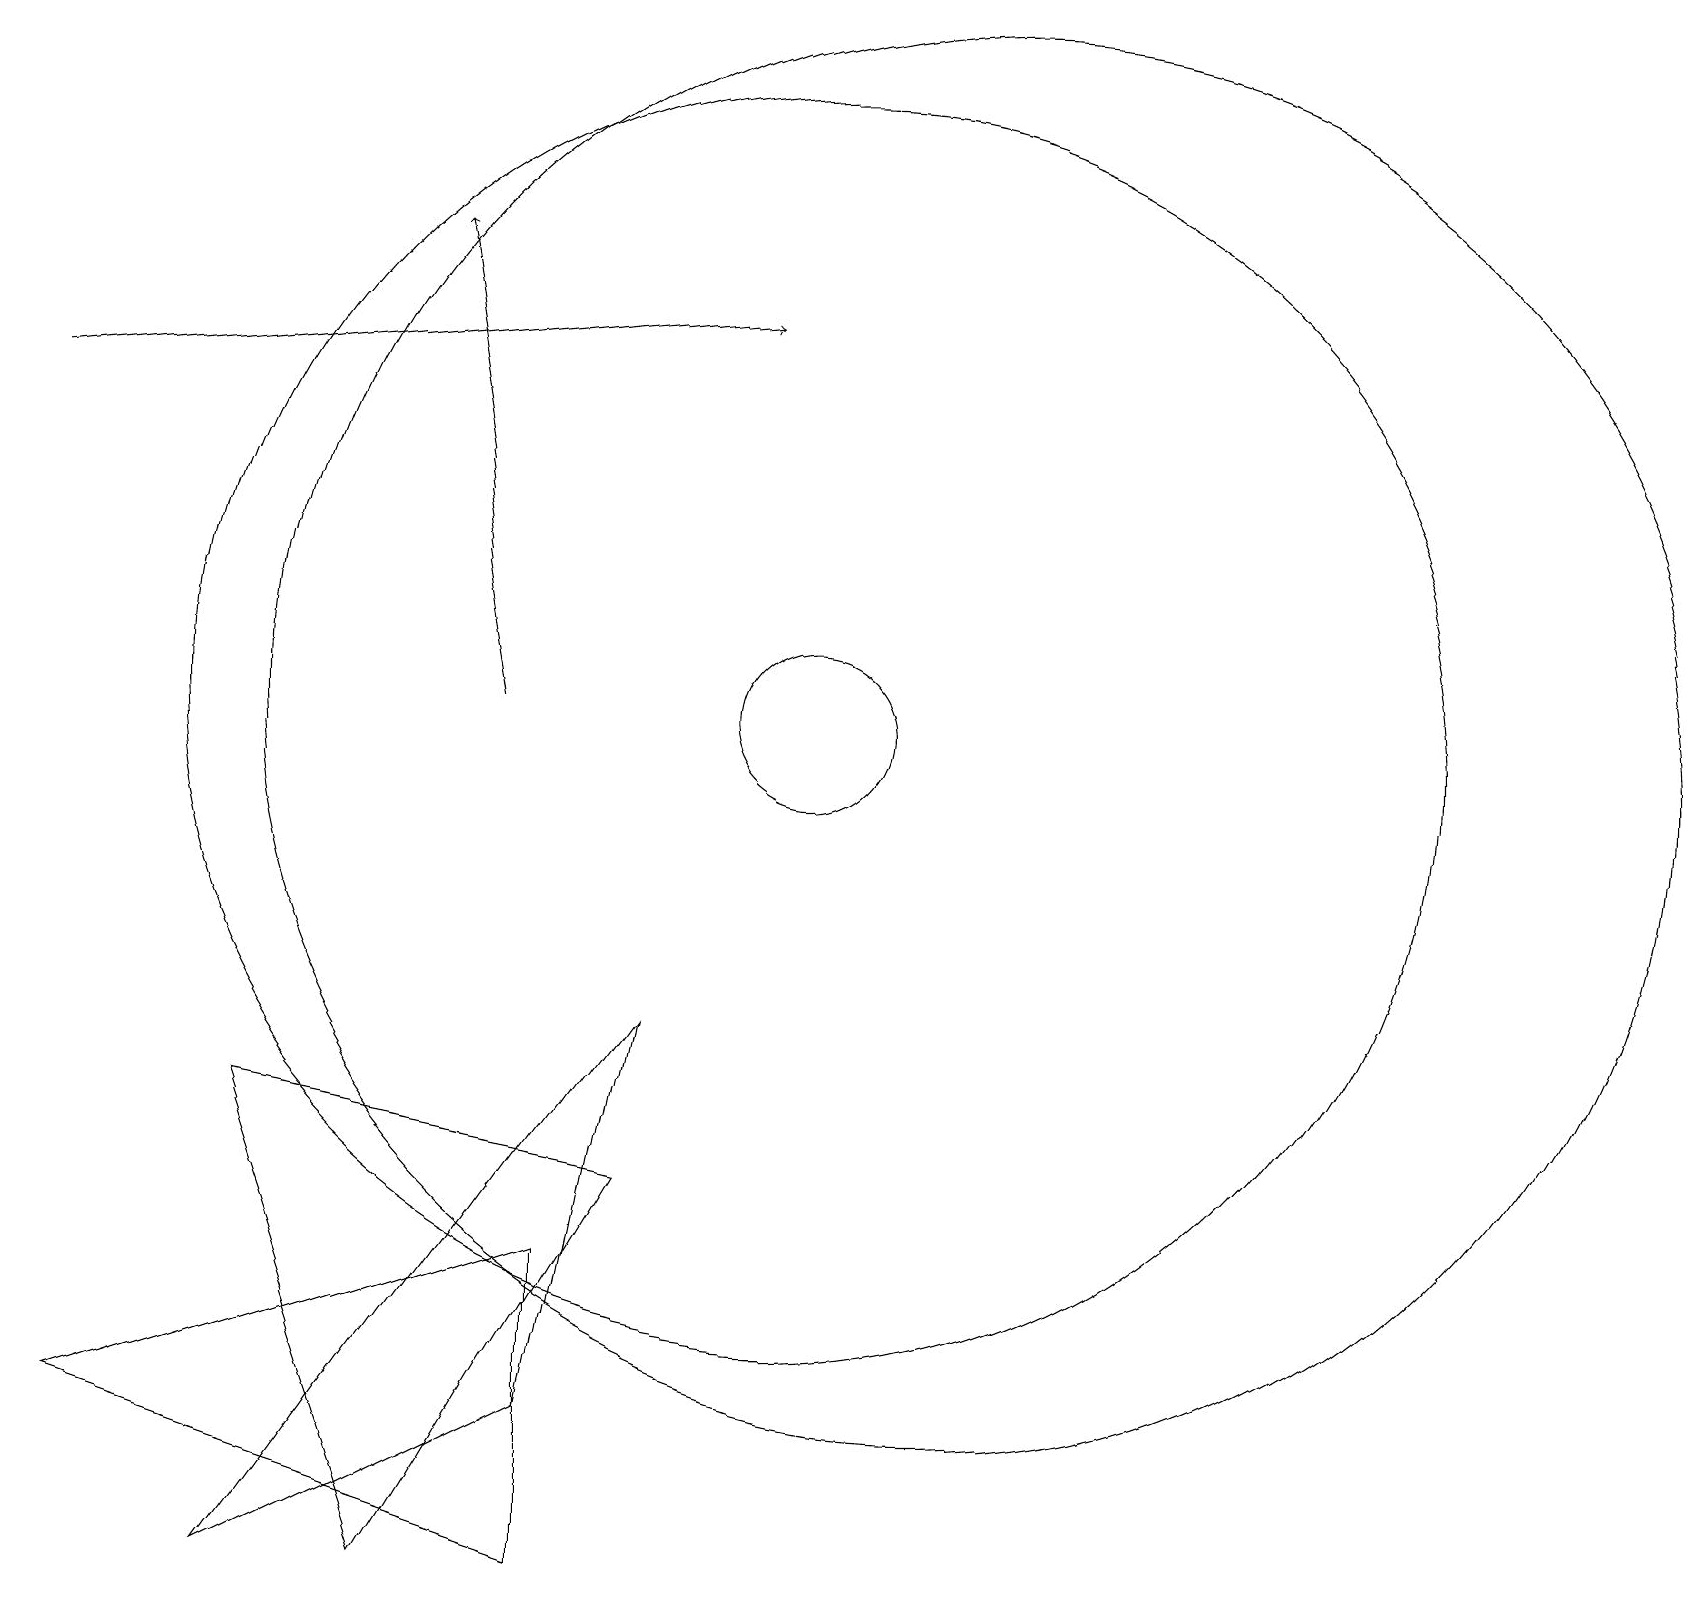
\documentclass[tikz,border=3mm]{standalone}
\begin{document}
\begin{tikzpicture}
\draw (8,7) -- (3,0) -- (7,2) -- cycle;
\draw[->] (6,11) -- (5,17);
\draw[->] (0,15) -- (9,16);
\draw (3,6) -- (8,5) -- (5,0) -- cycle;
\draw (12,11) circle (9);
\draw (10,11) circle (8);
\draw (7,0) -- (1,2) -- (7,4) -- cycle;
\draw (10,11) circle (1);
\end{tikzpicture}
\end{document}